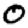
Digit: 0